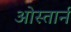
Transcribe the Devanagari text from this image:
ओस्तार्न